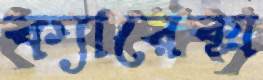
ক্যারেক্স